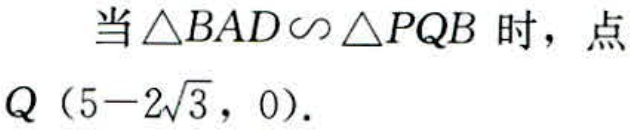
当$\triangle BAD\backsim\triangle PQB$时，点
$Q\left(5 - 2\sqrt{3},0\right).$